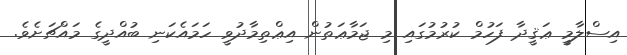
އިސްލާމީ ޢަޤީދާ ފަހުމް ކުރުމުގައި މި ޖަމާޢަތުން އިޢްތިމާދުވީ ހަމައެކަނި ބުއްދީގެ މައްޗަށެވެ.